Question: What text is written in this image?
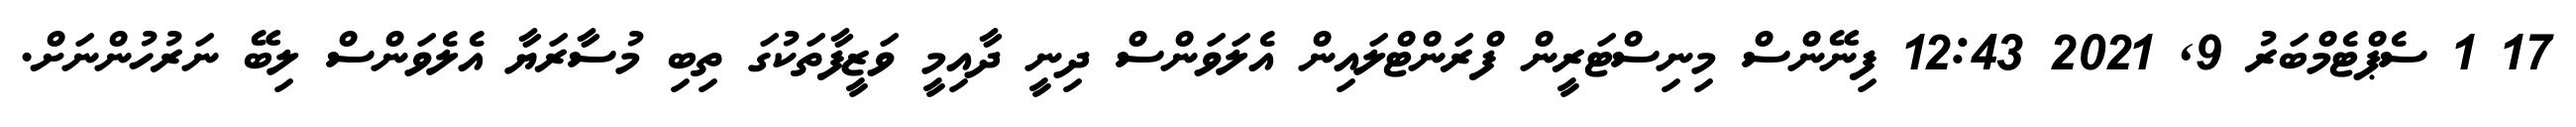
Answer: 17 1 ސެޕްޓެމްބަރު 9, 2021 12:43 ފިނޭންސް މިނިސްޓަރީން ފްރަންޓްލައިން އެލަވަންސް ދިނީ ދާއިމީ ވަޒީފާތަކުގަ ތިބި މުސާރަޔާ އެލެވަންސް ލިބޭ ނަރުހުންނަށް.